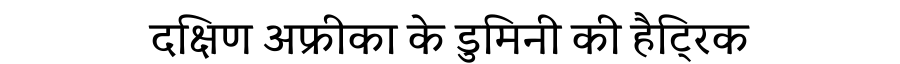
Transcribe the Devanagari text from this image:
दक्षिण अफ्रीका के डुमिनी की हैट्रिक